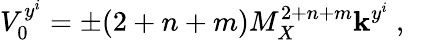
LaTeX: V_{0}^{y^{i}}=\pm(2+n+m)M_{X}^{2+n+m}\mathbf{k}^{y^{i}}~,~\,